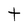
Character: t